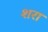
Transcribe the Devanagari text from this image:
शरा